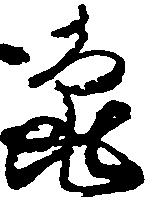
亀